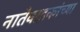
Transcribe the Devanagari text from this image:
नातेवाइकांच्या